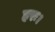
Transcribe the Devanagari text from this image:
हरः।